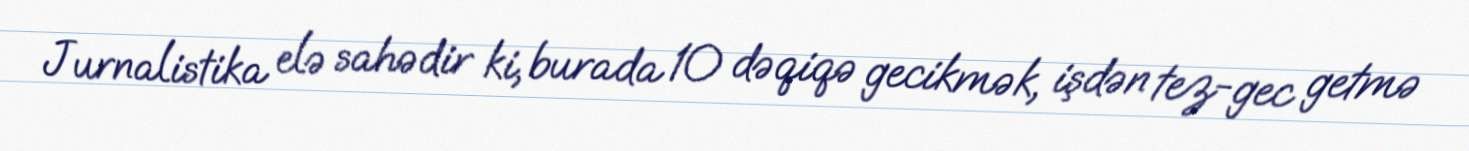
Jurnalistika elə sahədir ki, burada 10 dəqiqə gecikmək, işdən tez-gec getmə